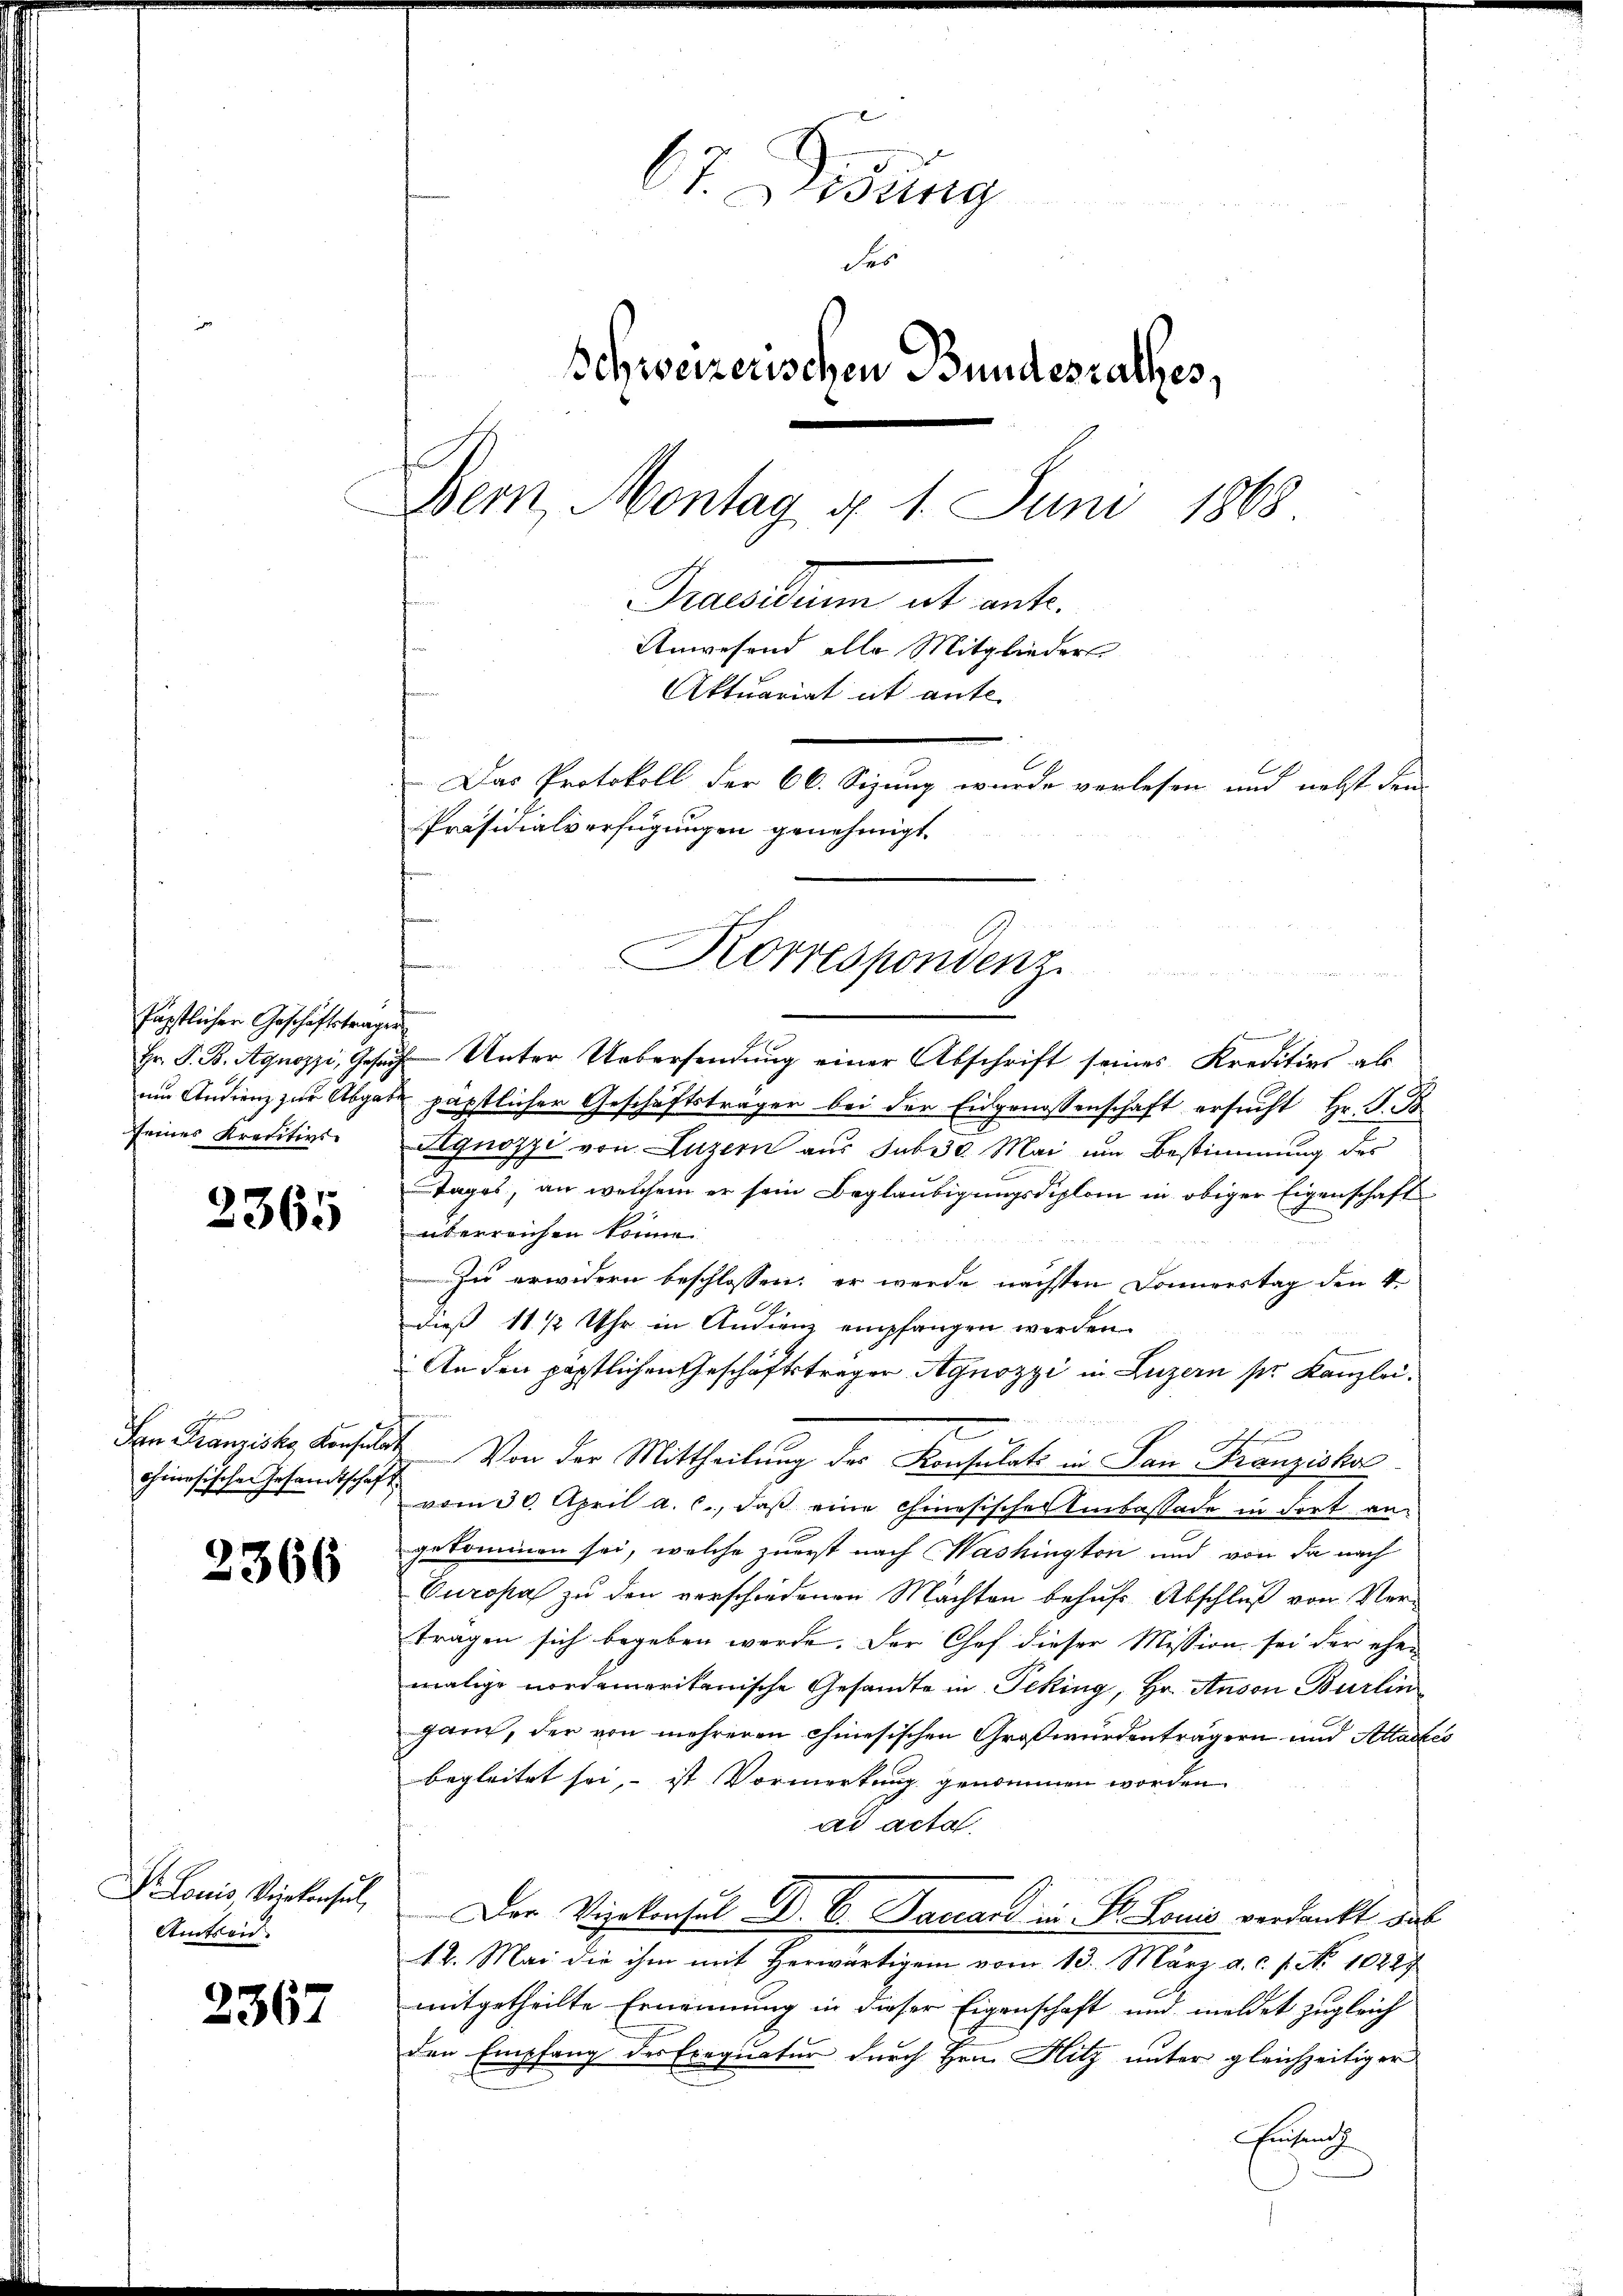
fäpstlicher Geschäftsträgen
seines Kreditivs

2365

s
chinesischen Gesandtschaft

3366

Amtseid

2367

67. Lesung
des
Schweizerischen Bundesrathes,
Dem, Montag d. 1. Juni 1868
Purcartam als eit.
Anwesend alle Mitglieders
Aktuariat ist ante.
Das Protokoll der 66. Sizung wurde verlesen und nebst den
Präsidialverfügungen genehmigt.

u

Hr. P. B. Aquozzi, Gesŭch Unter Uebersendŭng einer Abschrift seines Kreditios als
um Audienz zur Abgabe päpstlicher Geschäftsträger bei der Eidgenossenschaft ersucht Hr. P. B
Agnozzi von Luzern aus sub 30 Mai um Bestimmung des
Tages, an welchem er sein Beglaubigungsdiplom in obiger Eigenschaft
überreichen könne.
Zu erwidern beschlossen; er werde nächsten Doniertag den 4.
dieß 11 1/2 Uhr in Andienz empfangen worden.
s
An den päpstlichen Geschäftsträger Agnozzi in Luzern pr. Kanzlei¬
4
San Franziska Konselbst. Von der Mittheilung des Konsulats in San Franziskal
vom 30. April a. c., daß eine Chinesisches Einkassade in dort angekommen sei, welche zuerst nach Washington und von da nach
Europa zu den verschiedenen Mächten behufs Abschluß von Vertragen sich begeben werde. Der Chef dieser Mission sei der eher
malige nordamerikanische Gesandte in Peking, Hr. Anson Burlin
ganz, der von mehreren chinesischen Groß wurdenträgern und Atlastes
begleitet sei, ist Vormerkung genommen worden.
ad acta
V. Louis Viertensel, Der Vizekonsul Dr. B. Baccard in St. Louis verdankt das
12. Mai die ihm mit Herwärtigem vom 13. März a.c. s. No 10227
mitgetheilte Ernennung in dieser Eigenschaft und meldet zugleich
den Empfang des Exequatur durch Hrn. Hitz unter gleichzeitiger
rufenth

Korrespondenz